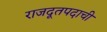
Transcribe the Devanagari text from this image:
राजदूतपदाची